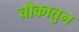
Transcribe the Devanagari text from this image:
चौकातुन